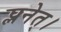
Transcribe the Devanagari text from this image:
प्लनेत्।